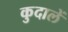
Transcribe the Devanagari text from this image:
कुदालें